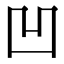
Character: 凹